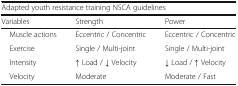
| <COLSPAN=3> Adapted youth resistance training NSCA guidelines |
 | Variables | Strength | Power |
 | --- | --- | --- |
 | Muscle actions | Eccentric / Concentric | Eccentric / Concentric |
 | Exercise | Single / Multi-joint | Single / Multi-joint |
 | Intensity | ↑ Load / ↓ Velocity | ↓ Load / ↑ Velocity |
 | Velocity | Moderate | Moderate / Fast |